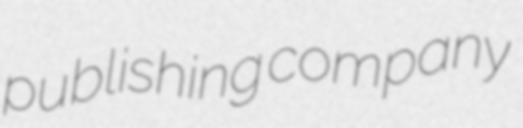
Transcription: publishing company